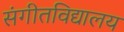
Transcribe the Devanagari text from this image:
संगीतविद्यालय